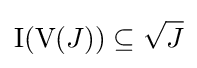
{\hbox{I}}({\hbox{V}}(J))\subseteq {\sqrt {J}}